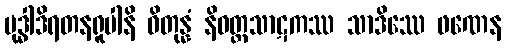
ဗုဒ္ဓါဒိရတနရူပါနိ ဝိတုန္နံ နိဝတ္ထသာဋကဿ သာဒိဿေ ဖဏေန